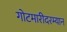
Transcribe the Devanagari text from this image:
गोटमारीदरम्यान